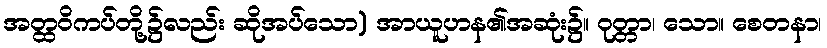
အတ္ထဝိကပ်တို့၌လည်း ဆိုအပ်သော) အာယူဟန၏အဆုံး၌။ ဝုတ္တာ၊ သော။ စေတနာ၊